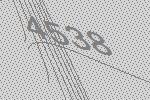
4538